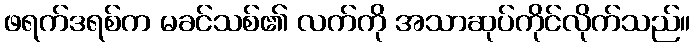
ဖရက်ဒရစ်က မခင်သစ်၏ လက်ကို အသာဆုပ်ကိုင်လိုက်သည်။